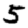
Digit: 5